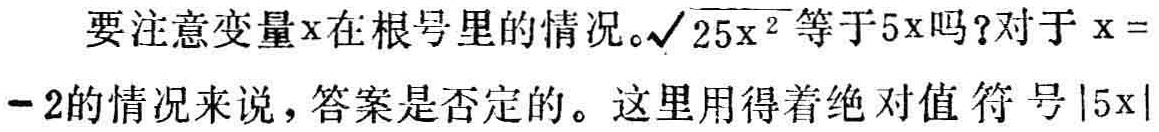
要注意变量x在根号里的情况。$\sqrt{25x^{2}}$等于5x吗?对于x = -2的情况来说，答案是否定的。这里用得着绝对值符号$|5x|$